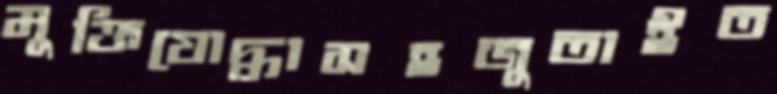
মুক্তিযোদ্ধাসহজুতাইত